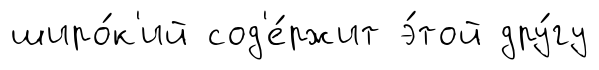
широ́к'ий сод'е́ржит э́той дру́гу